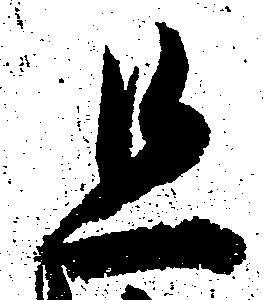
且